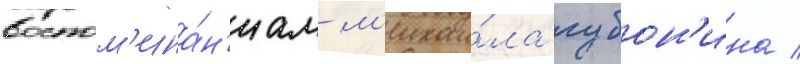
воспом'ина́н'иам м'ихаи́ла губон'ина /